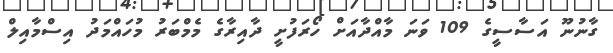
ގާނުނޫ އަސާސީގެ 109 ވަނަ މާއްދާއަށް ހޯރަފުށީ ދާއިރާގެ މެމްބަރު މުހައްމަދު އިސްމާއިލް